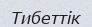
Тибеттік